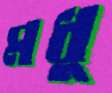
মধু